Report on the nature of kala-azar
Disease focus: Kala-Azar
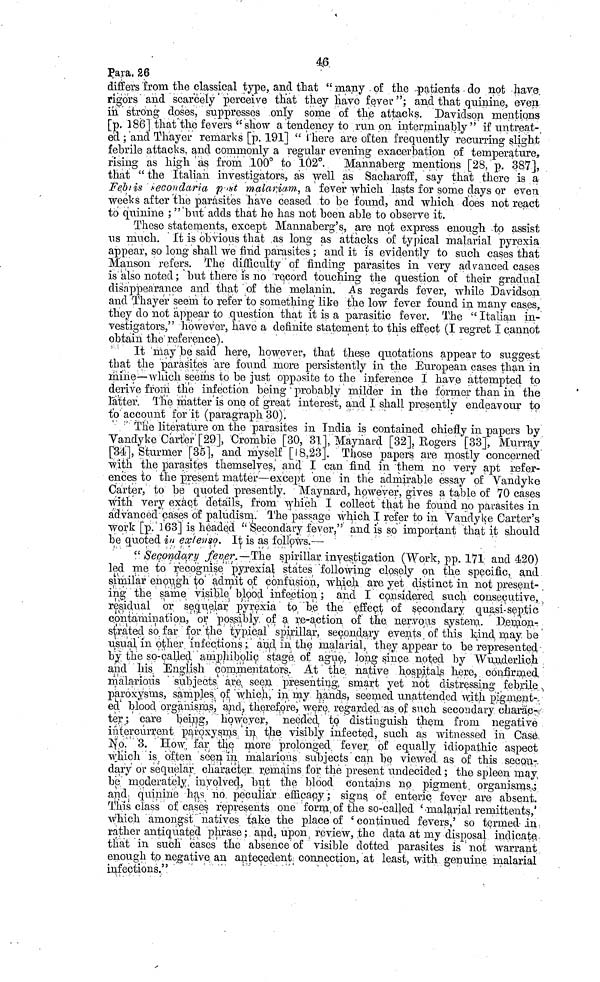
46.
Para. 26
differs from the classical type, and that "many of the patients do not have.
rigors and scarcely perceive that they have fever"; and that quinine, even
in strong doses, suppresses only some of the attacks Davidson mentions
[p. 186] that the fevers "show a tendency to run on interminably" if untreat-
ed; and Thayer remarks [p. 191] "There are often frequently recurring slight
febrile attacks, and commonly a regular evening exacerbation of temperature,
rising as high as from 100° to 162°. Mannaberg mentions [28, p. 387],
that "the Italian investigators, as well as Sacharoff, say that there is a
Febis recondaria pust malariam,, a fever which lasts for some days or even
weeks after the parasites have ceased to be found, and which does not react
to quinine ; "but adds that he has not been able to observe it.
These statements, except Mannaberg's, are not express enough to assist
us much. It is obvious that as long as attacks of typical malarial pyrexia
appear, so long shall we find parasites; and it is evidently to such cases that
Manson refers. The difficulty of finding parasites in very advanced cases
is also noted; but there is no record touching the question of their gradual
disappearance and that of the melanin. As regards fever, while Davidson
and Thayer seem to refer to something like the low fever found in many cases,
they do not appear to .question that it is a parasitic fever. The "Italian in-
vestigators," however, have a definite statement to this effect (I regret I cannot
obtain the reference).
It may be said here, however, that these quotations appear to suggest
that the parasites are found more persistently in the European cases than in
mine—which seems to be just opposite to the inference I have attempted to
derive from the infection being probably milder in the former than in the
latter. The matter is one of great interest, and I shall presently endeavour to
to account for it (paragraph 30)
The literature on the parasites in India is contained chiefly in papers by
Vandyke Carter [29], Crombie [30, 31]. Maynard [32], Rogers [33], Murray
[34], Sturmer [35], and myself [18, 23]. Those papers are mostly concerned
with the parasites themselves, and I can find in them no very apt refer-
ences to the present matter—except one in the admirable essay of Vandyke
Carter, to be quoted presently. Maynard, however, gives a table of 70 cases
with very exact details, from which I collect that he found no parasites in
advanced cases of paludism. The passage which I refer to in Vandyke Carter's
Work [p. 163] is headed Secondary fever," and is so important that it should
be quoted in extension. It is as follows.—
"Secondary fever.—The spirillar investigation (Work, pp. 171 and 420)
led me to recognise pyrexial states following closely on the specific, and
similar enough to admit oil confusion, which are yet distinct in not present-
ing the same visible blood infection; and I considered such consecutive,
residual or, sequelar pyrexia to be the effect of secondary quasi-septic
contamination, or possibly, of a re-action of the nervous system. Demon-
srated so far for the typical spirillar, secondary events of this kind may be
usual, in other infections; and in the malarial, they appear to be represented
by the so-called amphibolic stage of ague, long since noted by Wunderlich
and his English commentators. At the, native hospitals here, confirmed
malarious subjects are, seen presenting, smart yet not distressing febrile
paroxysms, sample of which in my hands seemed unattended with pigment-
ed blood organisms and, therefore, were, regarded as of such secondary charac-
ter; care being, however, needed, to distinguish them from negative
intercurrent paroxysms in the visibly infected, such as witnessed in Case
No. 3. How far the more prolonged fever, of equally idiopathic aspect
which is often seen in malarious subjects can be viewed as of this secon-.
dary or sequelar character remains for the present iindecided; the spleen may,
be moderately involved, but the blood contains no figment, organisms;
and quinine has no peculiar efficacy; signs, of enteric, fever are absent.
This class of cases represents one form of the so-called 'malarial remittents,'
which amongst natives take the place of 'continued fevers,' so termed in,
rather antiquated phrase; and, upon, review, the data at my disposal indicate
that in such cases the absence of visible dotted parasites is not warrant
enough to negative, an antecedent, connection, at least, with genuine malarial
infections."